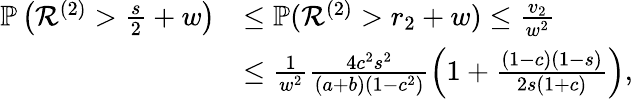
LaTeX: \begin{array}{rl}{\mathbb{P}\left({\mathcal{R}}^{(2)}>\frac{s}{2}+w\right)}&{\leq\mathbb{P}({\mathcal{R}}^{(2)}>r_{2}+w)\leq\frac{v_{2}}{w^{2}}}\\ &{\leq\frac{1}{w^{2}}\frac{4c^{2}s^{2}}{(a+b)(1-c^{2})}\left(1+\frac{(1-c)(1-s)}{2s(1+c)}\right),}\end{array}